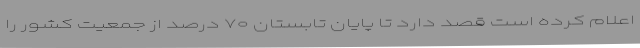
اعلام کرده است قصد دارد تا پایان تابستان ۷۰ درصد از جمعیت کشور را